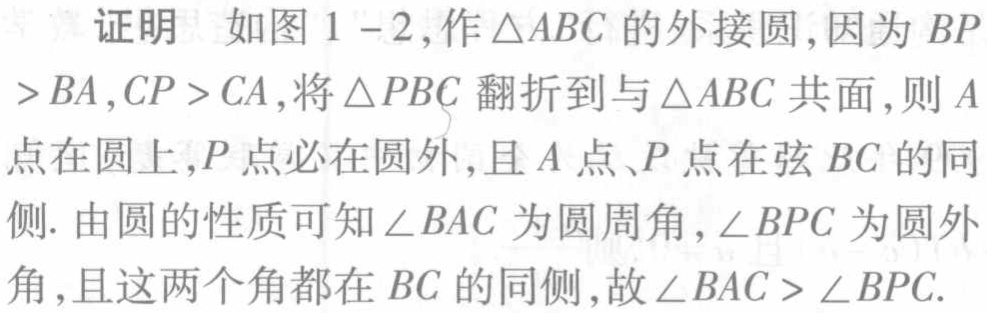
证明 如图1 - 2,作\(\triangle ABC\)的外接圆,因为\(BP>BA,CP>CA\),将\(\triangle PBC\)翻折到与\(\triangle ABC\)共面,则\(A\)点在圆上,\(P\)点必在圆外,且\(A\)点、\(P\)点在弦\(BC\)的同侧. 由圆的性质可知\(\angle BAC\)为圆周角,\(\angle BPC\)为圆外角,且这两个角都在\(BC\)的同侧,故\(\angle BAC>\angle BPC\).